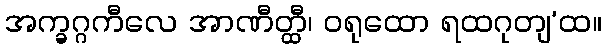
အက္ခဂ္ဂကီလေ အာဏီတ္ထီ၊ ဝရုထော ရထဂုတျ’ထ။